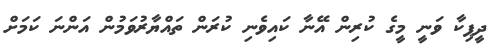
ދީޕިކާ ވަނީ މީގެ ކުރިން އޭނާ ކައިވެނި ކުރަން ތައްޔާރުވަމުން އަންނަ ކަމަށް